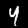
Digit: 4